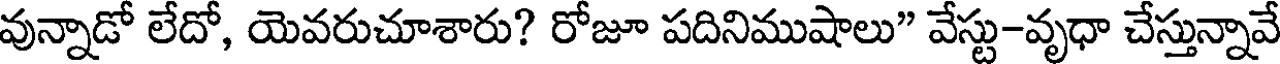
వున్నాడో లేదో, యెవరుచూశారు? రోజూ పదినిముషాలు" వేస్టు-వృధా చేస్తున్నావే